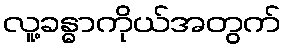
လူ့ခန္ဓာကိုယ်အတွက်